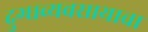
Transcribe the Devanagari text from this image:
दुग्धव्यवसायाचा